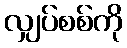
လျှပ်စစ်ကို